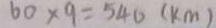
6 0 \times 9 = 5 4 0 ( k m )